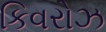
કિવરોઝ